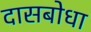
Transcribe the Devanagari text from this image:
दासबोधा